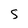
Character: 5